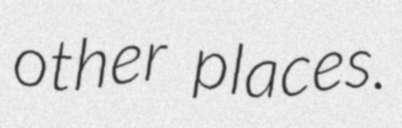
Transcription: other places.